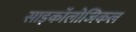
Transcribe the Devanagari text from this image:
साइकॉलोजिकल